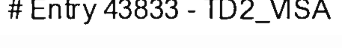
# Entry 43833 - TD2_VISA